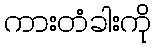
ကားတံခါးကို